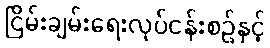
ငြိမ်းချမ်းရေးလုပ်ငန်းစဉ်နှင့်